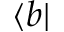
\langle b |